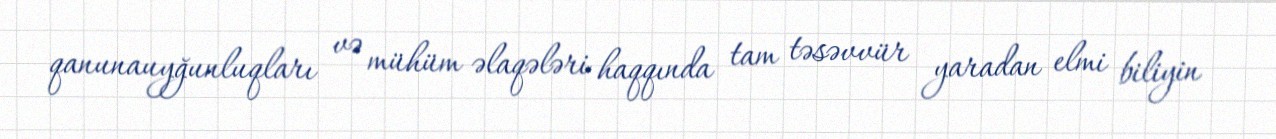
qanunauyğunluqları və mühüm əlaqələri haqqında tam təsəvvür yaradan elmi biliyin